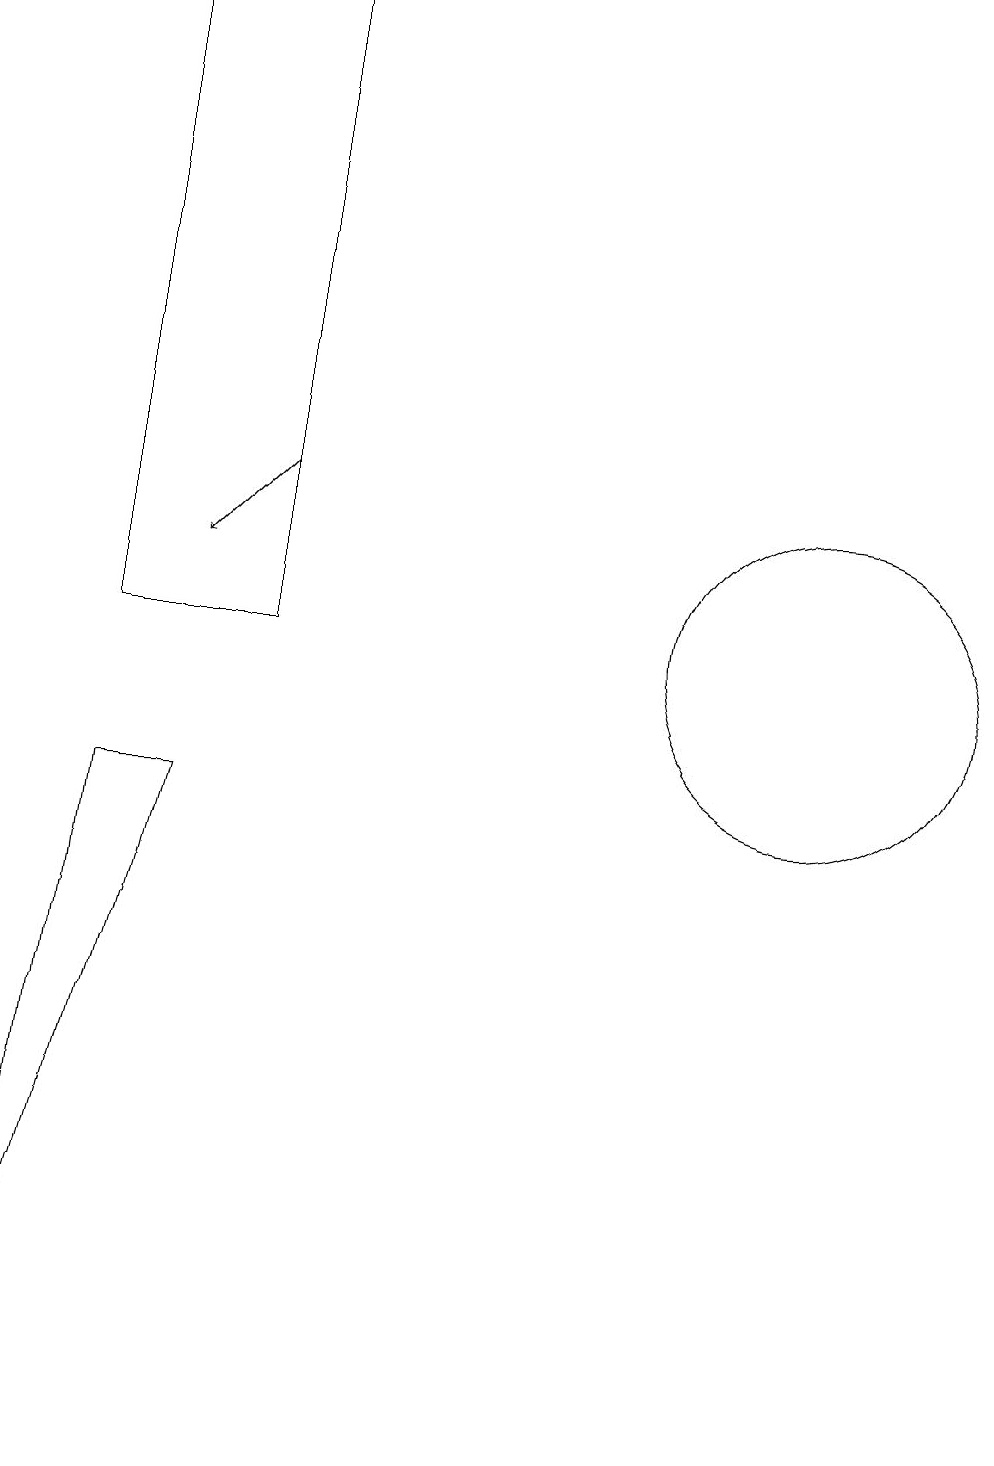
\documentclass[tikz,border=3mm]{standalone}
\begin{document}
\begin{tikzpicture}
\draw (3,10) rectangle (5,18);
\draw (12,10) circle (2);
\draw (3,8) -- (2,0) -- (4,8) -- cycle;
\draw[->] (5,12) -- (4,11);
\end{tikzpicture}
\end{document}